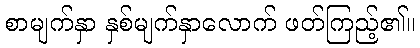
စာမျက်နှာ နှစ်မျက်နှာလောက် ဖတ်ကြည့်၏။